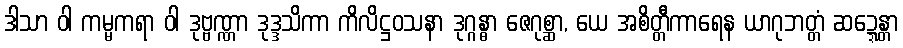
ဒါသာ ဝါ ကမ္မကရာ ဝါ ဒုဗ္ဗဏ္ဏာ ဒုဒ္ဒသိကာ ကိလိဋ္ဌဝသနာ ဒုဂ္ဂန္ဓာ ဇေဂုစ္ဆာ, ယေ အစိတ္တီကာရေန ယာဂုဘတ္တံ ဆဍ္ဍေန္တာ